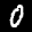
Label: 0